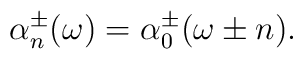
\alpha_n^\pm(\omega)=\alpha_0^\pm(\omega\pm n).